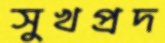
সুখপ্রদ